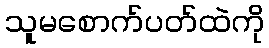
သူမစောက်ပတ်ထဲကို